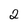
Character: 2